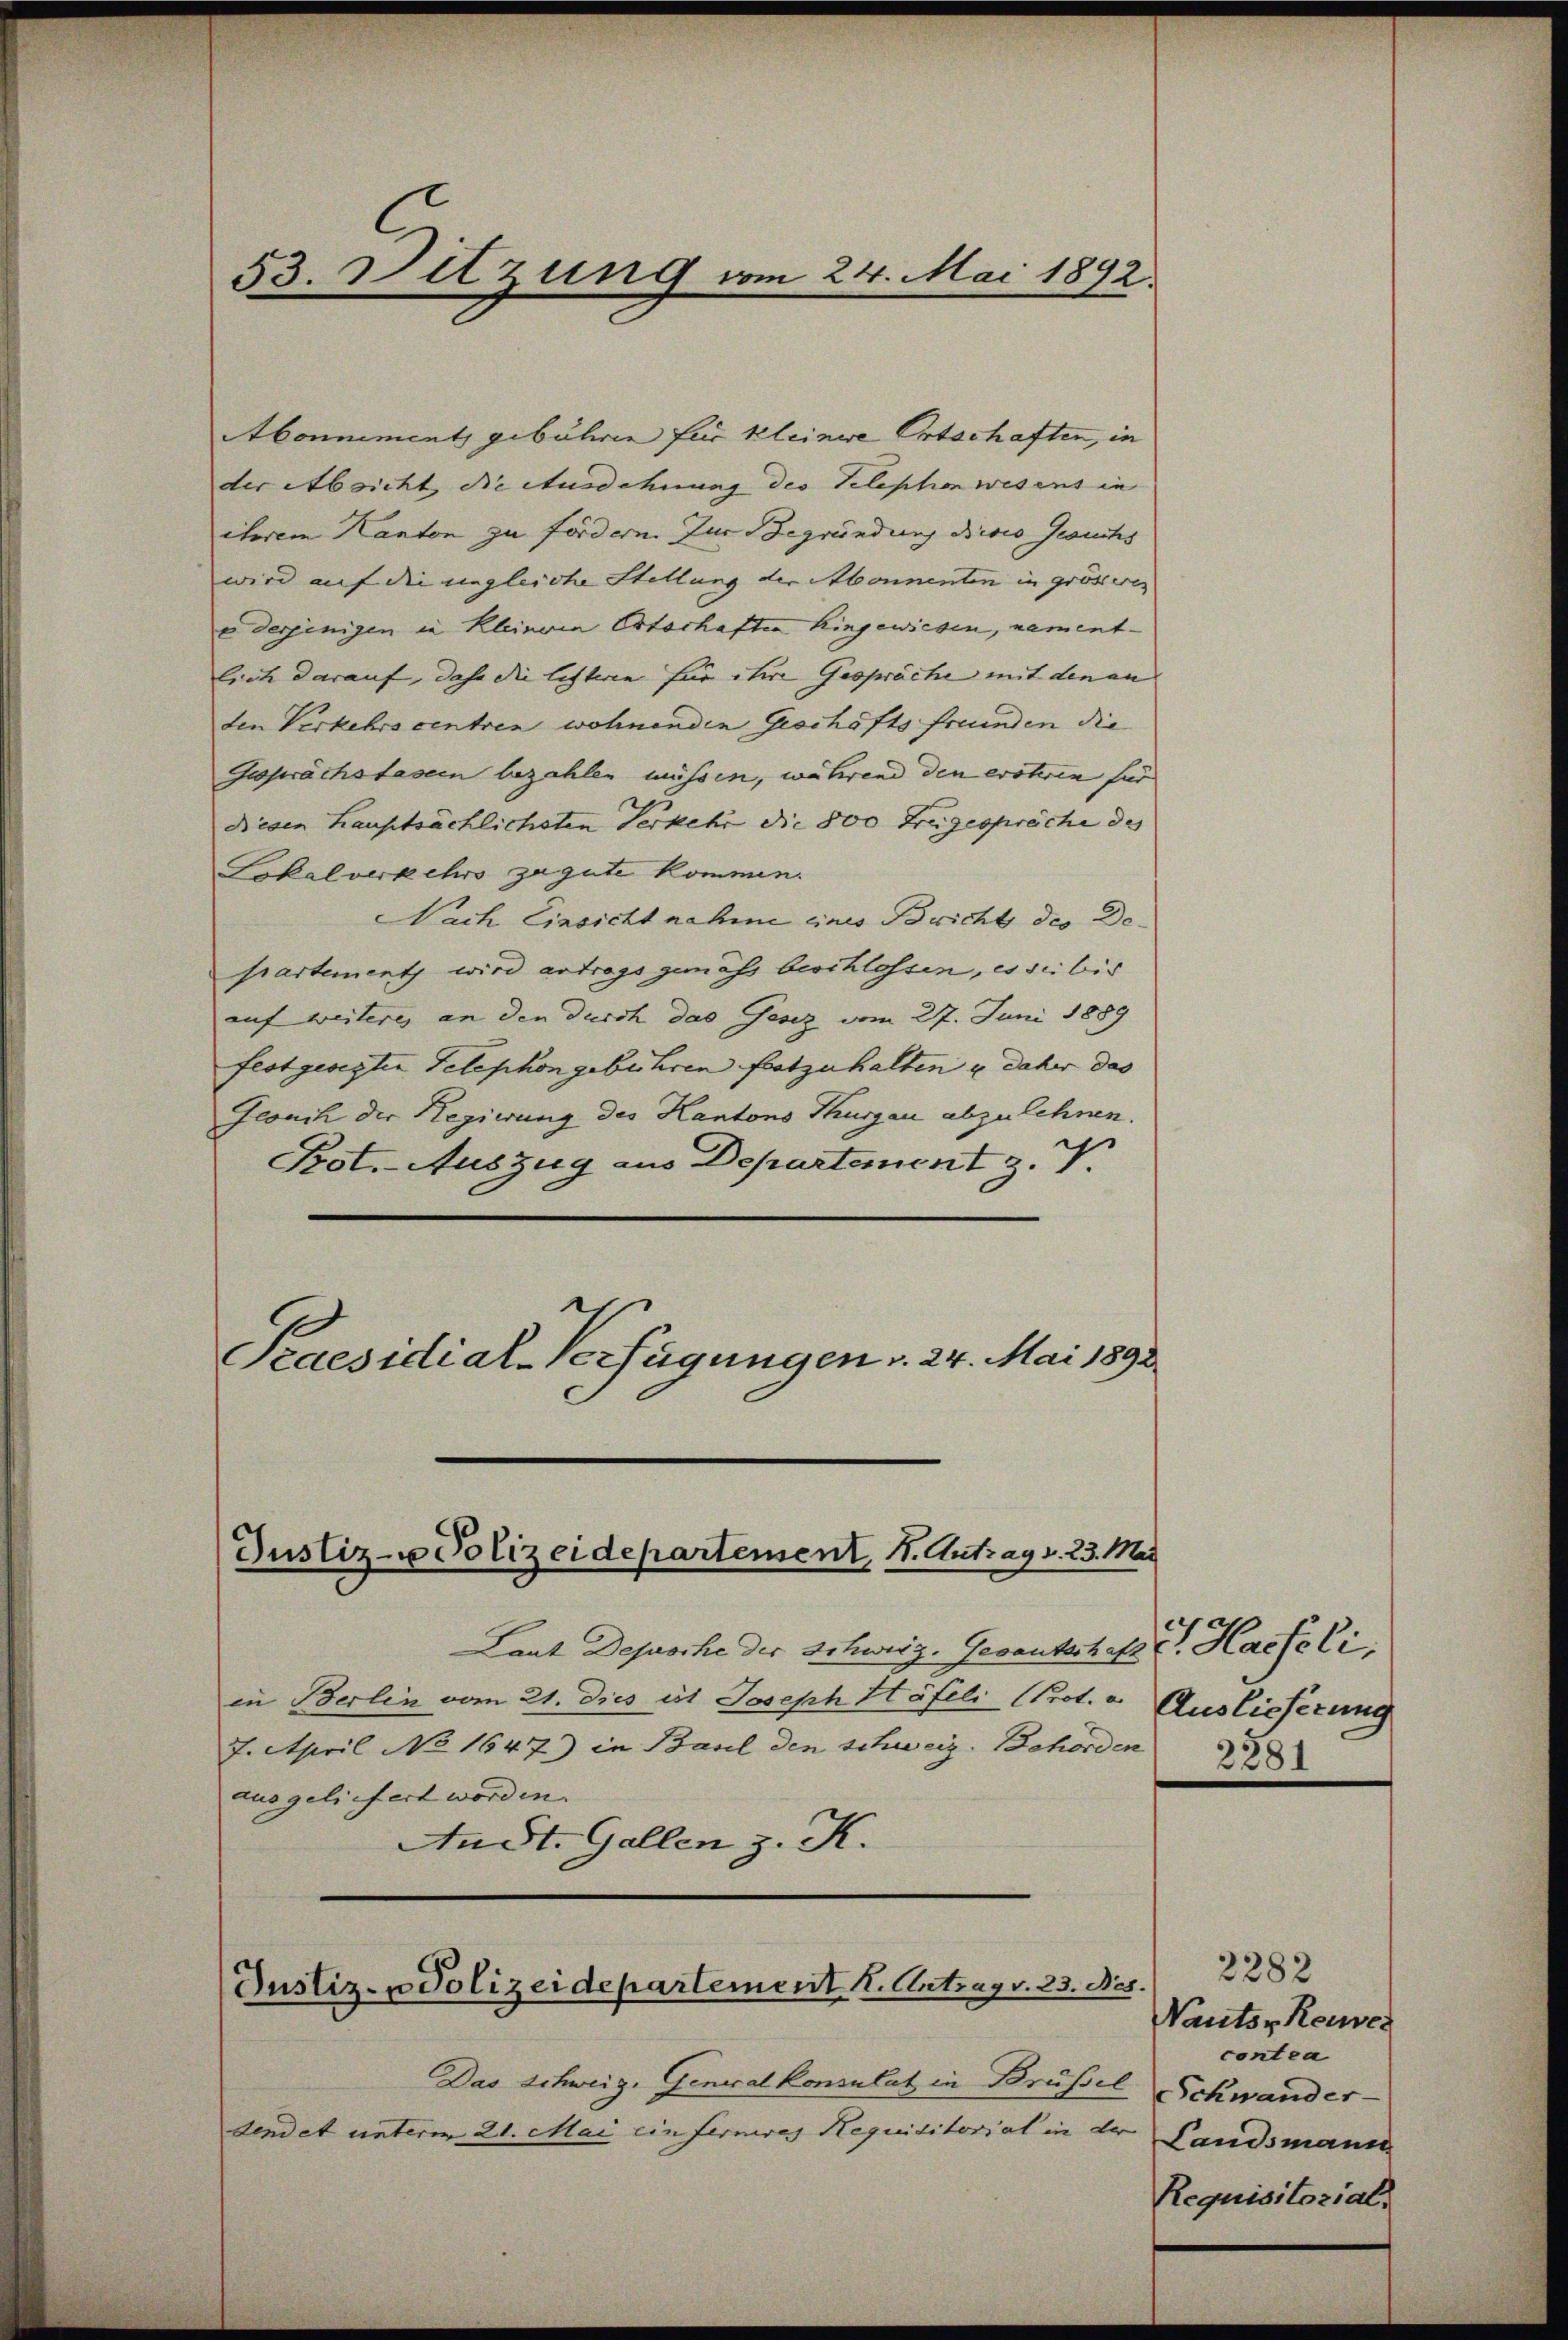
53. Dilzung vom 24. Mai 1892.

Abonnement gebühren für kleinere Ortschaften, in
der Absicht die Ausdehnung des Telephon wesens in
ihrem Kanton zu fördern. Zur Begründung dieses Gesuchs
wird auf die ungleiche Stellung der Abonnenten in grösseren
e derjenigen in Kleinven Ortschafte Kingewiesen, namentlich darauf, dahe die listeren für ihre Gespräche mit den an
den Verkehrs centren wohnenden Geschäftsfreunden die
Gesprächstasein bezahlen müssen, während den evotiren für
Diesen Hauptsächlichsten Verkehr die 800 Freigespräche des
Lokalverkehrs zu gute kommen.
Nach Einsicht nahme eines Bricht des Departement wird antrags gemäß beschlossen, es sie bis
auf weiteres an den durch das Gesez vom 27. Juni 1889
festgesezten Telephon gebühren festzuhalten u. daher das
Geouch der Regierung des Kantons Thurgau abzulehnen.
Pot.-Auszug aus Departement z. T.
Praesidial-Verfügungen v. 24. Mai 1892.

Justiz- u Polizeidepartement, 1. Antrag v. 23. Mai

Laut Depusche der Schweig. Gesantschaft v. Hasseli,
in Berlin vom 21. Dies ist Joseph Häfeli Prot. v. Auslieferung
7. April No 1647) in Basel den Schweiz. Behörden
ausgeliefert worden.
An St. Gallen z. K.

Justiz- u Polizeidepartement . Antrag v. 23. Nes.

Das Schweiz. Generalkonsulat in Brüssel
dendet unterm 21. Mai einferneres Requisitorial in der Pandsmann

2281

2282
Nautor Reises
contra
Schwander
Requisitorial,